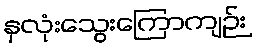
နှလုံးသွေးကြောကျဉ်း